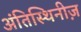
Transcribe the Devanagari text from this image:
अंतिस्थिनीज़